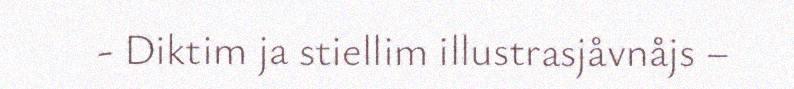
- Diktim ja stiellim illustrasjåvnåjs –